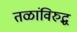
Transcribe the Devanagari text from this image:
तळांविरुद्ध